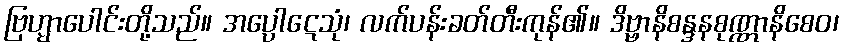
ဗြဟ္မာပေါင်းတို့သည်။ အပ္ပောဋေသုံ၊ လက်ပန်းခတ်တီးကုန်၏။ ဒိဗ္ဗာနိစန္ဒနစုဏ္ဏာနိစေဝ၊